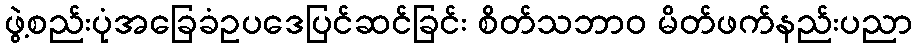
ဖွဲ့စည်းပုံအခြေခံဥပဒေပြင်ဆင်ခြင်း စိတ်သဘာဝ မိတ်ဖက်နည်းပညာ